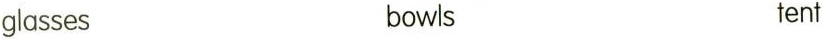
glasses bowls tent